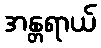
အန္တရာယ်